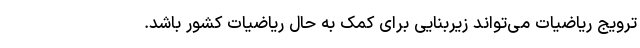
ترویج ریاضیات می‌تواند زیربنایی برای کمک به حال ریاضیات کشور باشد.